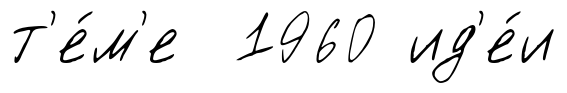
т'е́м'е 1960 ид'е́и